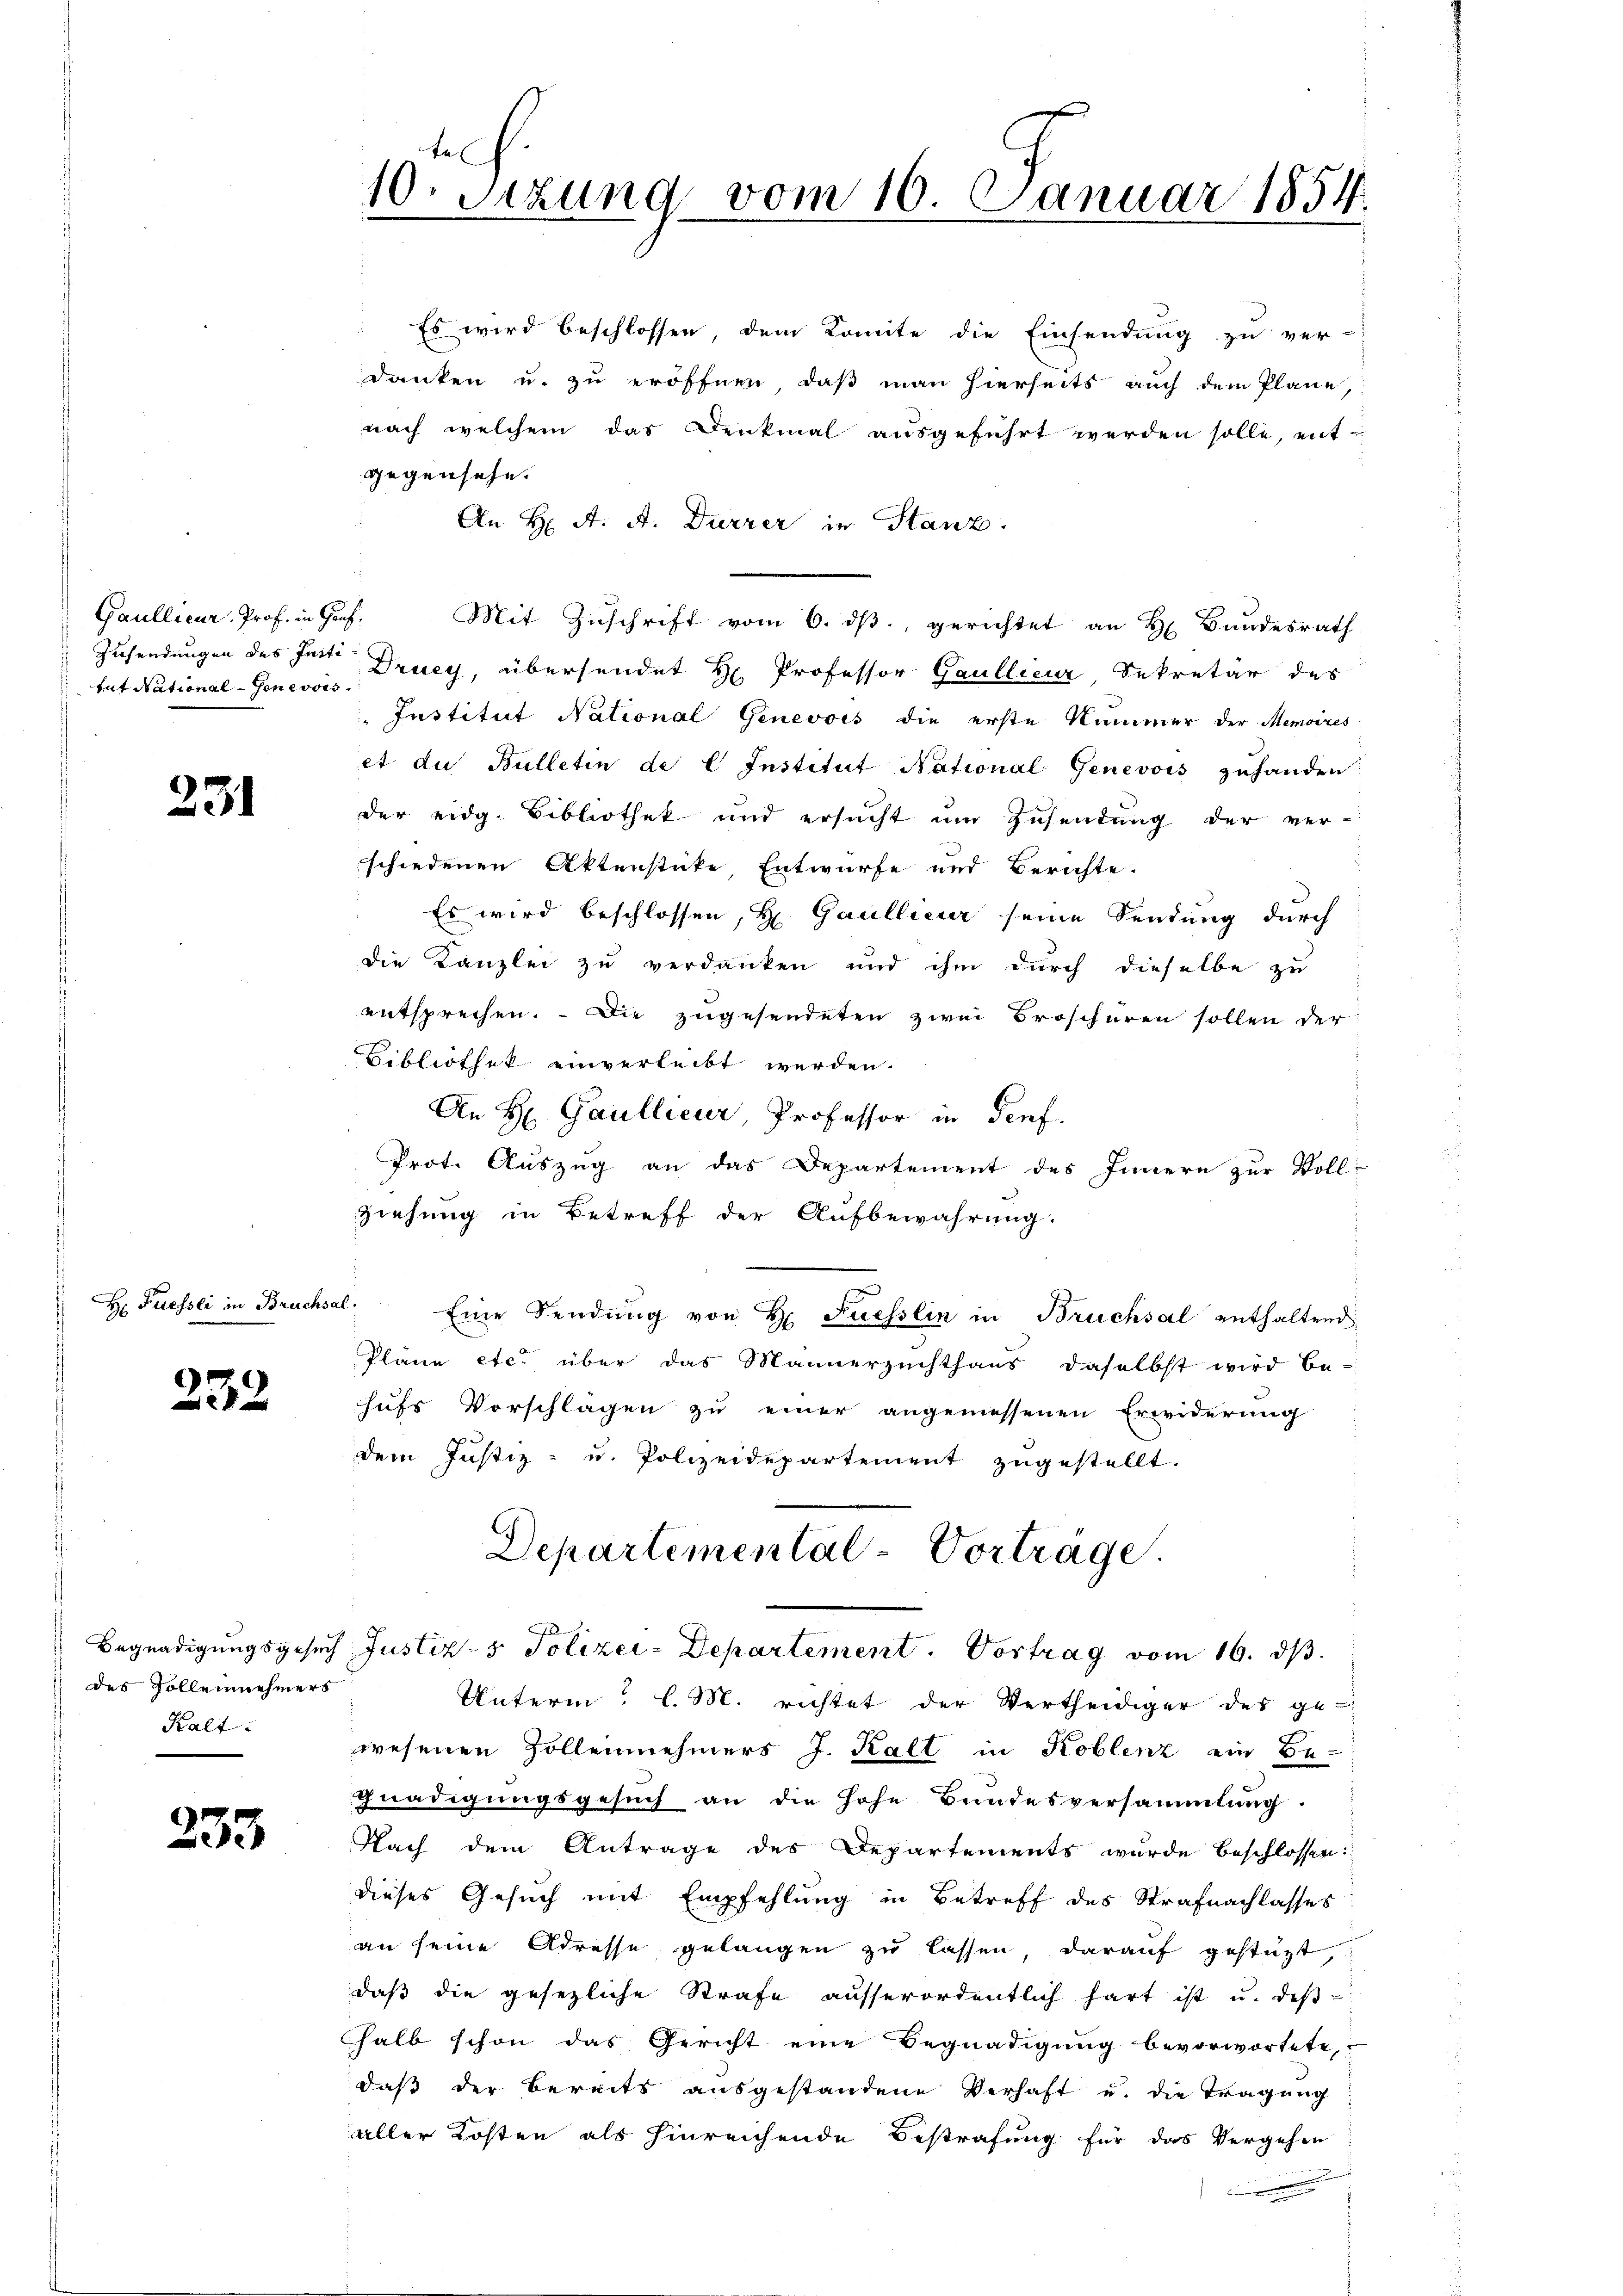
Gaullieur, Prof. in Genf,
Zusendungen des Insti
tut National-Genevois.

231

H Fuessli in Bruchsal:

232.

des Sollennehmers
Kalt

233

Es wird beschlossen, dem Komite die Einsendung zu ver-
danken u. zu eröffnen, daß man hierseits auch dem Plane,
nach welchem das Denkmal ausgeführt werden solle, ent
gegensehe.
An H. A. A. Durrer in Stanz.
Mit Zuschrift vom 6. dß, gerichtet an H. Bundesrath
Druey, übersendet H. Professor Gaullieur Sekretär des
Institut National Genevois die erste Kammer der Memoires
et die Bulletin de l Institut National Genevois zuhanden
der eidg. Bibliothek und ersucht ŭm Zŭsendung der ver-
schiedenen Aktenstücke Entwurfe und Berichte.
Es wird beschlossen, Hr. Gaullieur seine Sendung durch
die Kanzlei zu verdanken und ihm durch dieselbe zu
entsprechen. Die zugesendeten zwei Broschüren sollen der
Bibliothek einverleibt werden.
An H Gaullieur, Professor in Genf.
Prot. Auszug an das Departement des Innern zur Voll-
ziehung in Betreff der Aufbewahrung.
Eine Sendung von H Fuesslin in Brucksal enthaltend
Pläne etc. über das Männerzuchthaus daselbst wird be-
hufs Vorschlägen zu einer angemessenen Erwiderung
dem Justiz- u. Polizeidepartement zugestellt.
Departemental-Vortrage.
Begnadigungsgesuch Justiz- & Polizei-Departement. Vortrag vom 16. ds.
Unterm l. M. richtet der Vertheidiger des ge-
wesenen Zollennehmers J. Kalt in Koblenz ein Be-
gnadigungsgesuch an die hohe Bundesversammlung.
Nach dem Antrage des Departements wurde beschlossen:
dieses Gesuch mit Empfehlung in Betreff des Strafnachlasses
an seine Adresse gelangen zu lassen, darauf gestüzt,
daß die gesezliche Strafe ausserordentlich hart ist u. des-
halb schon das Gericht eine Begnadigung bevorwortete,
daß der Bereits ausgestandene Verhaft u. die Tragung
aller Kosten als hinreichende Bestrafung für das Vergehen

10. Sezung vom 10. Januar 1854.
.